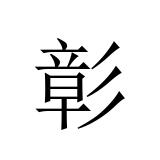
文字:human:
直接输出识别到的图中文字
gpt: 彰